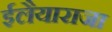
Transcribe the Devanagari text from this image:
ईलैयाराजा